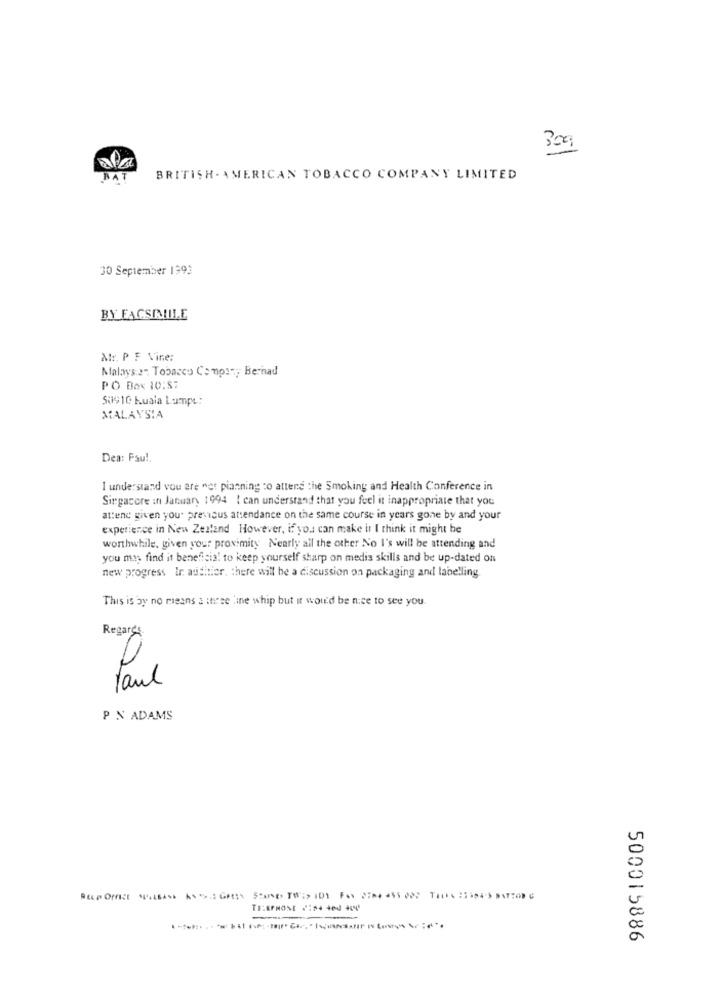
309
BAT
BRITISH . AMERICAN TOBACCO COMPANY LIMITED
30 September 1393
BY FACSIMILE
Mr. P. F Vine:
Malays:2" Tobacco Compra; Bernad
PO Box 10:87
50910 kuala Lumpe:
MALAYSIA
Dea: Pau !.
I understand vou are net pianning to attend the Smoking and Health Conference in
Singacore in January 1994 I can understand that you feel it inappropriate that you
attend given you' previous attendance on the same course in years gone by and your
experience in New Zealand However, if you can make it I think it might be
worthwhile, given your proximity Nearly all the other No I's will be attending and
you may find it beneficial to keep yourself sharp on medis skills and be up-dated on
new progress Ir aufhier. there will be a discussion on packaging and labelling
This is by no means a iterse line whip but it would be nice to see you.
Regards
Paul
P N ADAMS
500015886